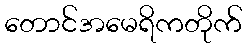
တောင်အမေရိကတိုက်